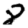
Digit: 8